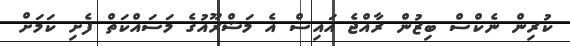
ކުރިން ނެކްސް ބިޒުން ރާއްޖެ އައިސް އެ މަޝްރޫއުގެ މަސައްކަތް ފެށި ކަމަށް